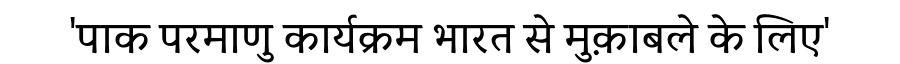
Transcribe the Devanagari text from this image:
'पाक परमाणु कार्यक्रम भारत से मुक़ाबले के लिए'